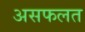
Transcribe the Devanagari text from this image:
असफलत